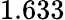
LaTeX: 1.633